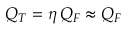
Q _ { T } = \eta \, Q _ { F } \approx Q _ { F }